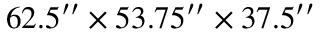
6 2 . 5 ^ { \prime \prime } \times 5 3 . 7 5 ^ { \prime \prime } \times 3 7 . 5 ^ { \prime \prime }